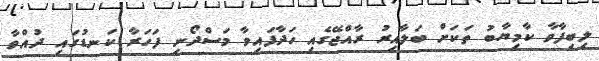
ލިބިފާވާ ކާމިޔާބު ތަކަށް ބަލާއިރު ރާއްޖޭގެއި ހަދާފައިވާ މަސްދޯނި ފަހަރާ ކަނޑުގައި ދުއްވާ